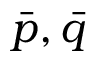
{ \bar { p } } , { \bar { q } }